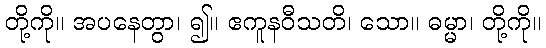
တို့ကို။ အပနေတွာ၊ ၍။ ဧကူနဝီသတိ၊ သော။ ဓမ္မာ၊ တို့ကို။